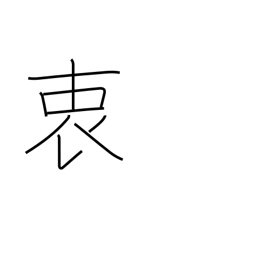
Meaning: inmost